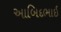
આબિદભાઈ